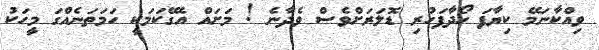
ވިއްކާނަމޭ ކިޔާފަ ހޯދާފަހުރި ޑޮލަރަށްވެސް ވެދާނެ ! މަށައް އެގޭކަމަކީ ހަމަތަނެއްގަ މީހަކު